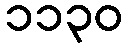
၁၁၃၀